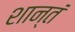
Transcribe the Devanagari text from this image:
शान्तं